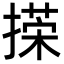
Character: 㨲